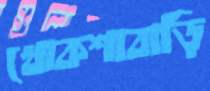
খোকশাবাড়ি